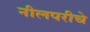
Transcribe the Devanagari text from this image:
नीलपरीचे